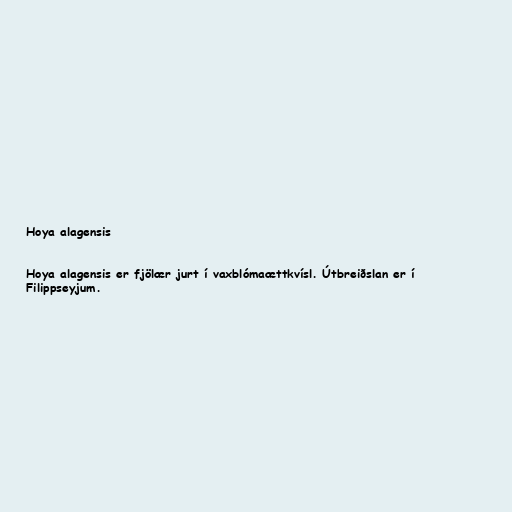
Hoya alagensis

Hoya alagensis er fjölær jurt í vaxblómaættkvísl. Útbreiðslan er í
Filippseyjum.